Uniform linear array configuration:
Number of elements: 12
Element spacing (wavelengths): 0.25
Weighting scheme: uniform
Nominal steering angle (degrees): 15
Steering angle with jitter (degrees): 16.757
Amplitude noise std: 0.05
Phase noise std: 0.05

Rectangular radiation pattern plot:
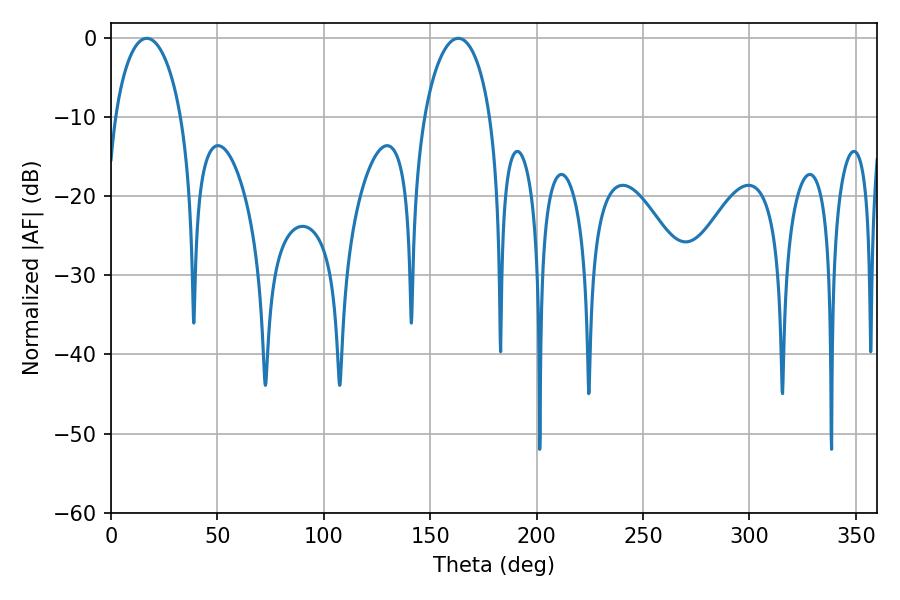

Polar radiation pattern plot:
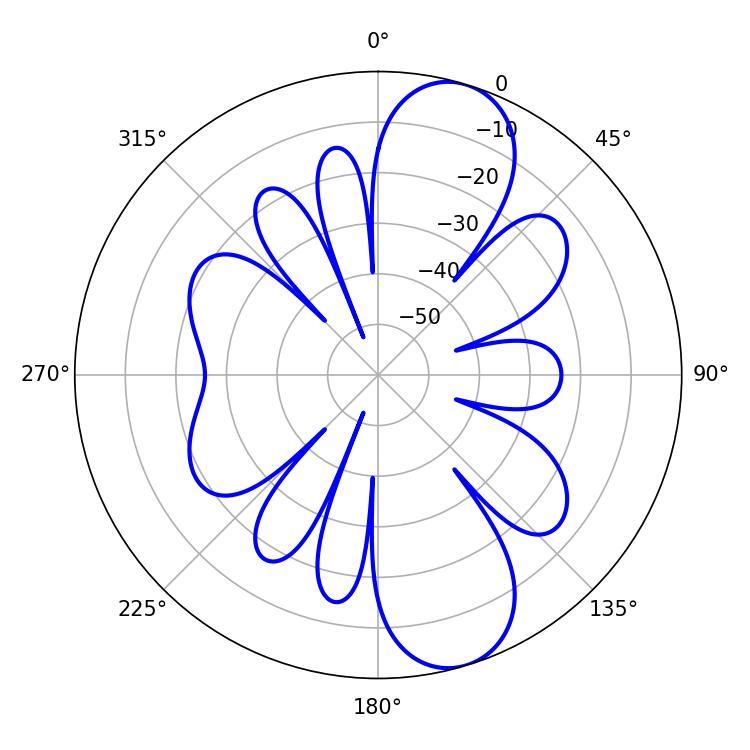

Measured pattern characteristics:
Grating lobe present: FALSE
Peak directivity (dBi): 10.175
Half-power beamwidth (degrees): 17.82
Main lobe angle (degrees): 16.74